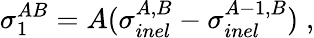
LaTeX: \sigma_{1}^{AB}=A(\sigma_{inel}^{A,B}-\sigma_{inel}^{A-1,B})\; ,